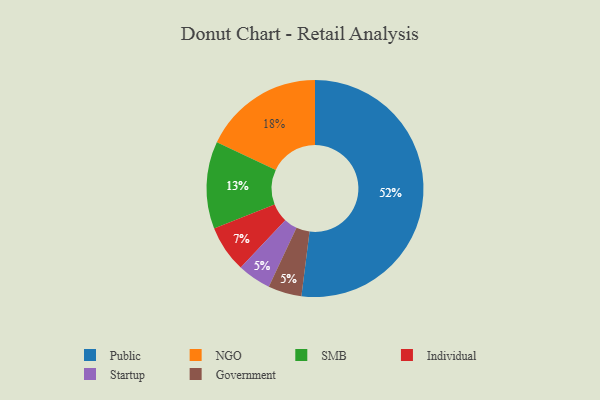
{"axis": {"x": "Category", "y": "Percentage"}, "legend": ["Government", "Individual", "NGO", "Public", "SMB", "Startup"], "data": [{"x": "Startup", "y": 5, "type": "Startup"}, {"x": "Public", "y": 52, "type": "Public"}, {"x": "SMB", "y": 13, "type": "SMB"}, {"x": "Government", "y": 5, "type": "Government"}, {"x": "NGO", "y": 18, "type": "NGO"}, {"x": "Individual", "y": 7, "type": "Individual"}]}